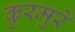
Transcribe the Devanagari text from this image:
कुरमुरे